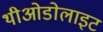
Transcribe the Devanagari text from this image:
थीओडोलाइट